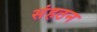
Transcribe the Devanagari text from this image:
संहठन